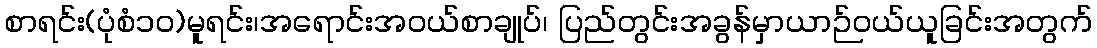
စာရင်း(ပုံစံ၁၀)မူရင်း၊အရောင်းအဝယ်စာချုပ်၊ ပြည်တွင်းအခွန်မှာယာဉ်ဝယ်ယူခြင်းအတွက်